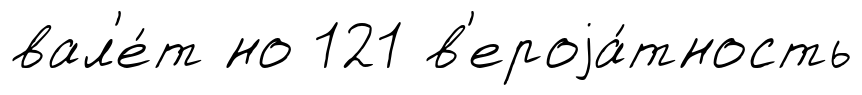
вал'е́т но 121 в'ероjа́тность